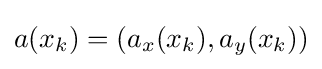
a(x_{k})=(a_{x}(x_{k}),a_{y}(x_{k}))